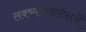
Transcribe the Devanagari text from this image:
लक्ष्मीनरसिंहाचें